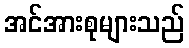
အင်အားစုများသည်